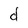
Character: d